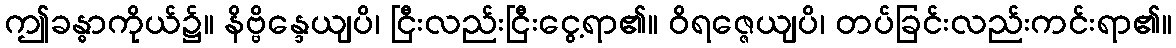
ဤခန္ဓာကိုယ်၌။ နိဗ္ဗိန္ဒေယျပိ၊ ငြီးလည်းငြီးငွေ့ရာ၏။ ဝိရဇ္ဇေယျပိ၊ တပ်ခြင်းလည်းကင်းရာ၏။